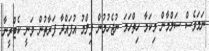
ނަމަވެސް ސަލްމާން މިކަމާ ހިތްހަމަ ނުޖެހުމުން ފިލްމު އުފައްދާ ފަރާތުން ވަނީ ކެޓްރީނާ